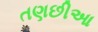
તણછીઆ